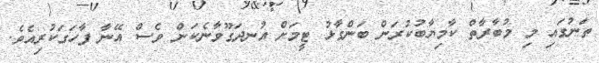
ތަނުގައި މި މުބާރާތް ކާމިޔާބުކުރަން ބަންގާޅު ޓީމަށް އުނދަގޫވާނެކަން ވެސް އޭނާ ފާހަގަކުރިއެވެ.